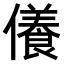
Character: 𠐒